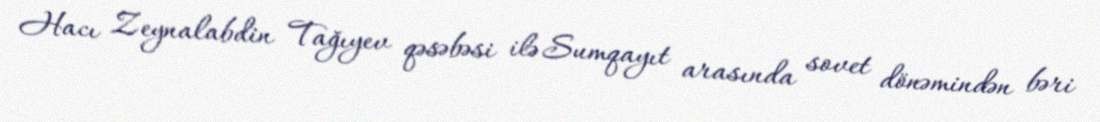
Hacı Zeynalabdin Tağıyev qəsəbəsi ilə Sumqayıt arasında sovet dönəmindən bəri